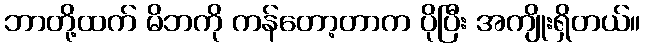
ဘာတို့ထက် မိဘကို ကန်တော့တာက ပိုပြီး အကျိုးရှိတယ်။